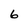
Character: 6